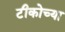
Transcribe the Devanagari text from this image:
टीकोच्या